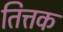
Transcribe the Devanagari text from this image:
तित्तक